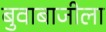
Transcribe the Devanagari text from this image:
बुवाबाजीला